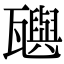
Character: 𬎰